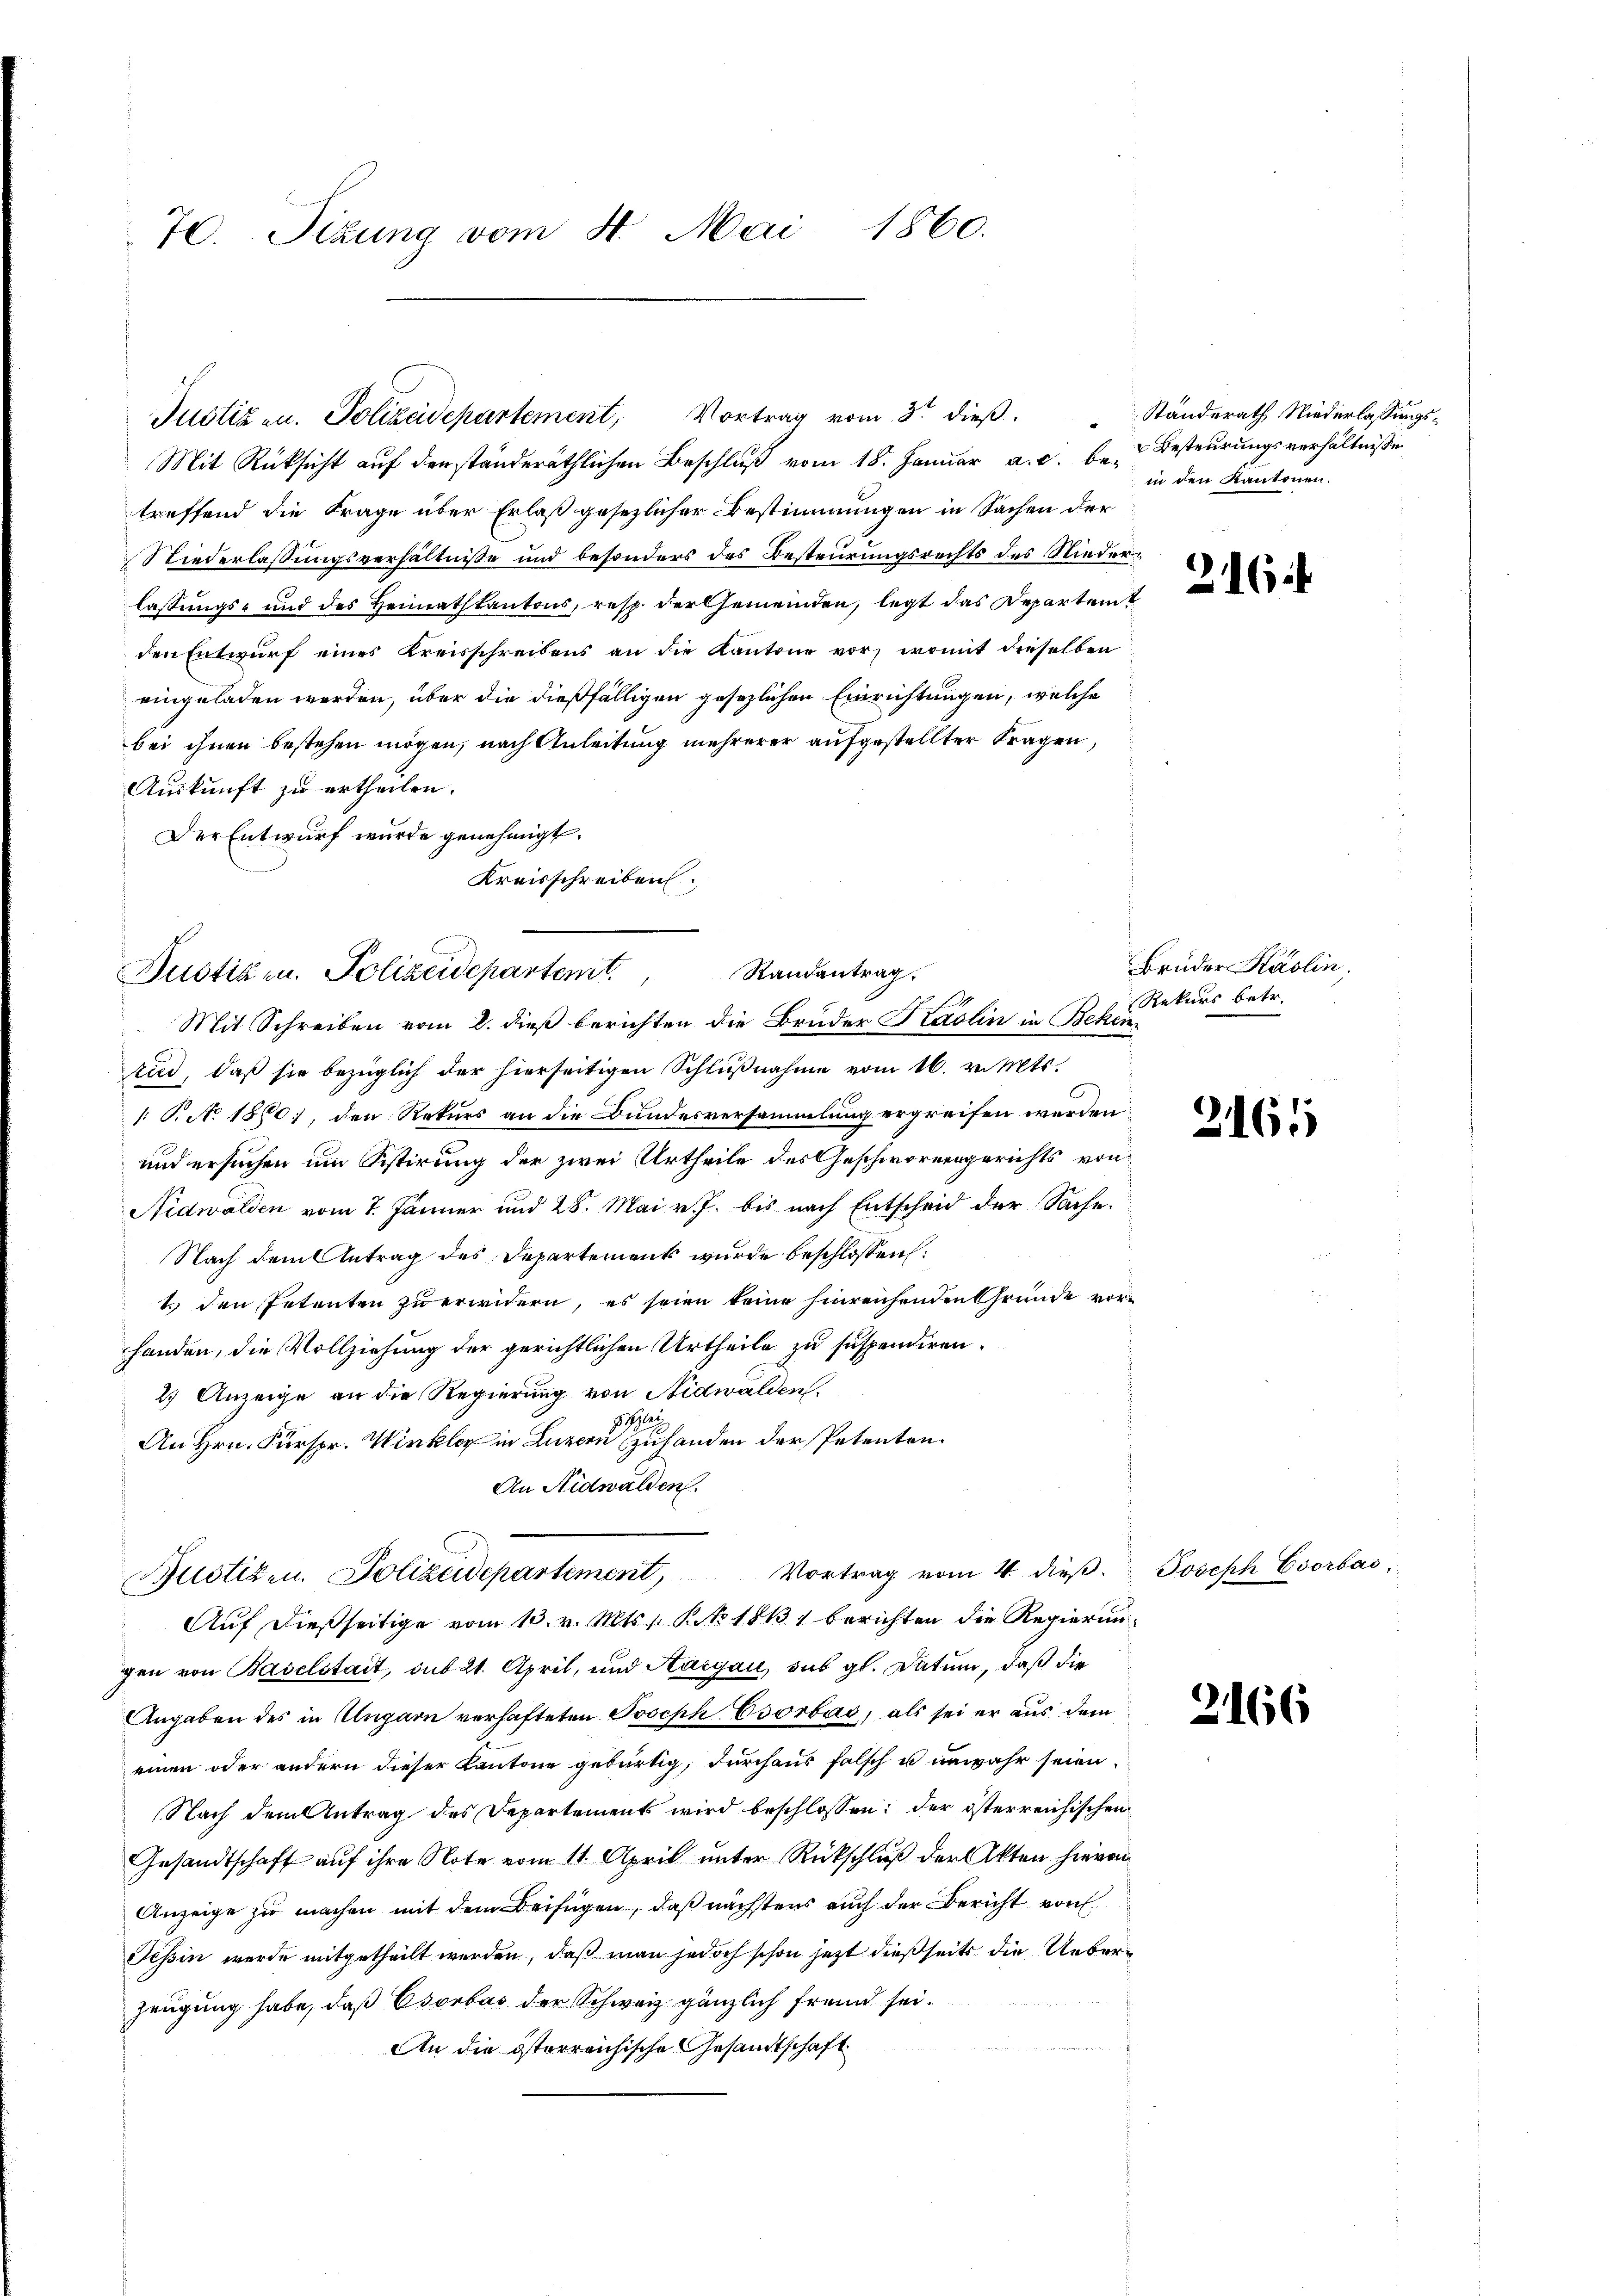
70. Sizung vom 4. Mai 1860.

Justizen. Polizeidepartement, Vortrag vom 3ten dieß
Mit Rücksicht auf den ständeräthlichen Beschluß vom 18. Januar a.c. betreffend die Frage über Erlaß gesezlicher Bestimmungen in Sachen der
Niederlassungsverhältniße und besonders des Besteurungsrechts des Niederlassungs- und des Heimatstantons, resp. der Gemeinden, legt das Departeit
den Entwurf eines Kreisschreibens an die Kantone vor, womit dieselben
eingeladen werden, über die dießfälligen gesezlichen Einrichtungen, welche
bei ihnen bestehen mögen, nach Anleitung mehrerer aufgestellter Fragen,
Auskunft zu ertheilen.
Der Entwurf wurde genehmigt.
Kreisschreiben
rid, daß sie bezüglich der hierseitigen Schlußnahme vom 16. v. Mts.
: P. No 1870; den Rekurs an die Bundesversammlung ergreifen werden
und ersuchen um Sistirung der zwei Urtheile des Geschwornengerichts von
Nidwalden vom 1. Jänner und 28. Mai v. J. bis nach Entscheid der Sache.
Nach dem Antrag des Departement wurde beschlossen:
1 den Petenten zu erwidern, es seien keine hinreichenden Grunde vorhanden, die Vollziehung der gerichtlichen Urtheile zu suspendiren.
2.) Anzeige an die Regierung von Nidwalden.
HHe
An Hrn. Fürspr. Winkler in Luzern zuhanden der Petenten.
An Nidwalden.
Vortrag vom 4. dieβ.  Joseph Csorbas,
Bustizen. Polizeidepartement,
Auf dießseitige vom 13. v. Mts. v. K. NNo. 1813) berichten die Regierungen von Baselstadt, sub 21. April, und Aargau, sub gl. Datum, daß die
Angaben des in Ungarn verhafteten Joseph Esorbas, als sei er aus dem
einen oder andern dieser Kantone gebürtig, durchaus falsch u unwahr seien
Nach dem Antrag des Departement wird beschlossen: der österreichischen
Gesandtschaft auf ihre Note vom 11. April unter Rückschluß der Akten hievon
Anzeige zu machen mit dem Beifügen, daß nächstens auch der Bericht von
Tessin werde mitgetheilt werden, daß man jedoch schon jetzt dießseits die Ueberzeugung habe, daß Osorbas der Schweiz gänzlich fremd sei.
An die österreichische Gesandtschaft

Randantrag.
Justiz u. Polizeidepartemt.
Mit Schreiben vom 8. dieß berichten die Bruder Stadlin in Beken¬

.

Standerath Niederlassungs¬
Besteurungsverhältnisse
in den Kantonen.

216

Brüder Käslin.
Rekurs betr.

2161

2166